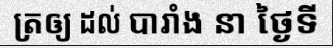
ត្រឲ្យ ដល់ បារាំង នា ថ្ងៃទី